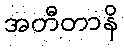
အတီတာနိ